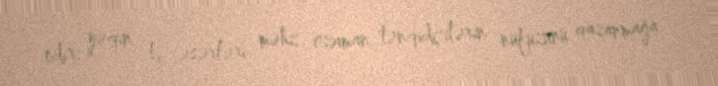
edir; yəqin ki, əsərləri məhz ozaman tənqidçilərin nüfuzunu qazanmağa